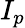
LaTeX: \textit{I}_{p}